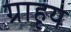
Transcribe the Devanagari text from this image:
ग्राहृय